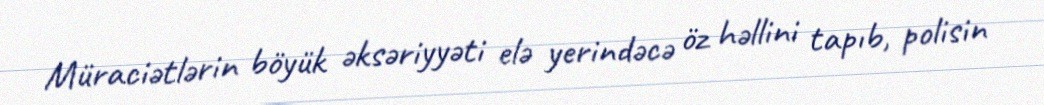
Müraciətlərin böyük əksəriyyəti elə yerindəcə öz həllini tapıb, polisin